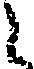
し